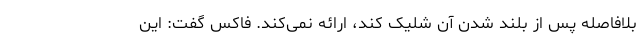
بلافاصله پس از بلند شدن آن شلیک کند، ارائه نمی‌کند. فاکس گفت: این